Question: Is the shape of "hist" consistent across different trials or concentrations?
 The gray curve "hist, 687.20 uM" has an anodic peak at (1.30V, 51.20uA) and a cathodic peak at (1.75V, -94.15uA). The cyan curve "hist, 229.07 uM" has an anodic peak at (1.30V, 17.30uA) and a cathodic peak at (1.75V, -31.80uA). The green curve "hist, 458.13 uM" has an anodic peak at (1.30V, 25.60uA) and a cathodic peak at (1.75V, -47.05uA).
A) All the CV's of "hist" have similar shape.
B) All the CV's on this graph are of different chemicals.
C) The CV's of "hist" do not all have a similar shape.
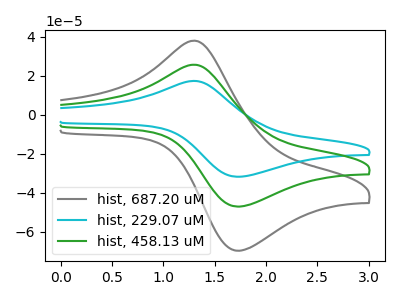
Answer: <think>All the peaks in "hist, 687.20 uM" have a peak in "hist, 229.07 uM" at the same potential. Every peak in "hist, 687.20 uM" is higher than every peak in "hist, 229.07 uM". All the peaks in "hist, 687.20 uM" have a peak in "hist, 458.13 uM" at the same potential. Every peak in "hist, 687.20 uM" is higher than every peak in "hist, 458.13 uM". All the peaks in "hist, 229.07 uM" have a peak in "hist, 458.13 uM" at the same potential. Every peak in "hist, 229.07 uM" is lower than every peak in "hist, 458.13 uM".
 </think>
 <answer>A) All the CV's of "hist" have similar shape.</answer>
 <eval>A</eval>